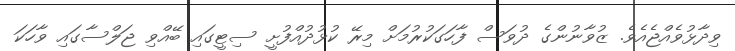
ވިދާޅުވެއްޖެއެވެ. ޒުވާނުންގެ ދުވަސް ފާހަގަކުރުމަށް މިރޭ ކުޅުދުއްފުށީ ސިޓީގައި ބޭއްވި ޖަލްސާގައި ވާހަކަ